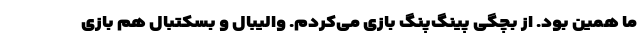
ما همین بود. از بچگی پینگ‌پنگ بازی می‌کردم. والیبال و بسکتبال هم بازی